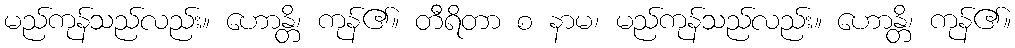
မည်ကုန်သည်လည်း။ ဟောန္တိ၊ ကုန်၏။ တီရိတာ စ နာမ၊ မည်ကုန်သည်လည်း။ ဟောန္တိ၊ ကုန်၏။